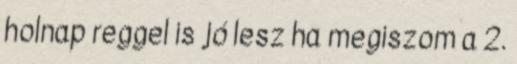
holnap reggel is jó lesz ha megiszom a 2.